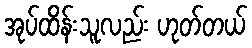
အုပ်ထိန်းသူလည်း ဟုတ်တယ်